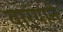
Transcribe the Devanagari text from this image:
वार्‍याने